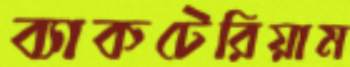
ব্যাকটেরিয়াম